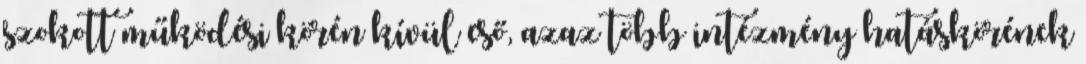
szokott működési körén kívül eső, azaz több intézmény hatáskörének